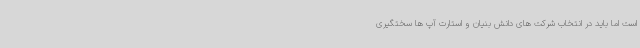
است اما باید در انتخاب شرکت های دانش بنیان و استارت آپ ها سختگیری